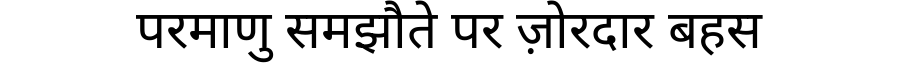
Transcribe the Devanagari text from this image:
परमाणु समझौते पर ज़ोरदार बहस